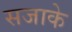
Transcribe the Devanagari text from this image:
सजाके